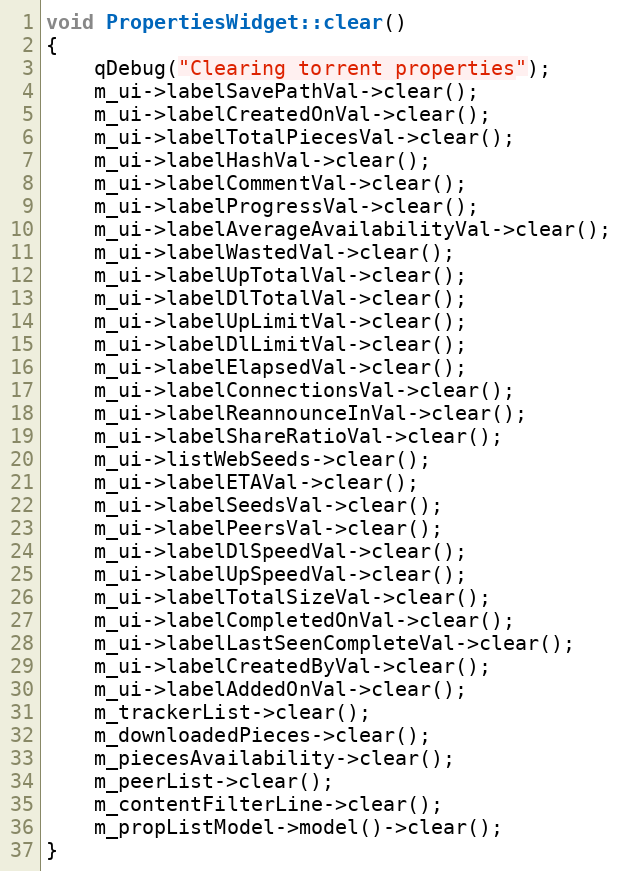
Language: C++
void PropertiesWidget::clear()
{
    qDebug("Clearing torrent properties");
    m_ui->labelSavePathVal->clear();
    m_ui->labelCreatedOnVal->clear();
    m_ui->labelTotalPiecesVal->clear();
    m_ui->labelHashVal->clear();
    m_ui->labelCommentVal->clear();
    m_ui->labelProgressVal->clear();
    m_ui->labelAverageAvailabilityVal->clear();
    m_ui->labelWastedVal->clear();
    m_ui->labelUpTotalVal->clear();
    m_ui->labelDlTotalVal->clear();
    m_ui->labelUpLimitVal->clear();
    m_ui->labelDlLimitVal->clear();
    m_ui->labelElapsedVal->clear();
    m_ui->labelConnectionsVal->clear();
    m_ui->labelReannounceInVal->clear();
    m_ui->labelShareRatioVal->clear();
    m_ui->listWebSeeds->clear();
    m_ui->labelETAVal->clear();
    m_ui->labelSeedsVal->clear();
    m_ui->labelPeersVal->clear();
    m_ui->labelDlSpeedVal->clear();
    m_ui->labelUpSpeedVal->clear();
    m_ui->labelTotalSizeVal->clear();
    m_ui->labelCompletedOnVal->clear();
    m_ui->labelLastSeenCompleteVal->clear();
    m_ui->labelCreatedByVal->clear();
    m_ui->labelAddedOnVal->clear();
    m_trackerList->clear();
    m_downloadedPieces->clear();
    m_piecesAvailability->clear();
    m_peerList->clear();
    m_contentFilterLine->clear();
    m_propListModel->model()->clear();
}